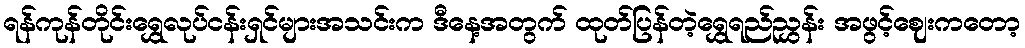
ရန်ကုန်တိုင်းရွှေလုပ်ငန်းရှင်များအသင်းက ဒီနေ့အတွက် ထုတ်ပြန်တဲ့ရွှေရည်ညွှန်း အဖွင့်ဈေးကတော့